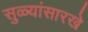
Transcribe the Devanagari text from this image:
सुळ्यांसारखे